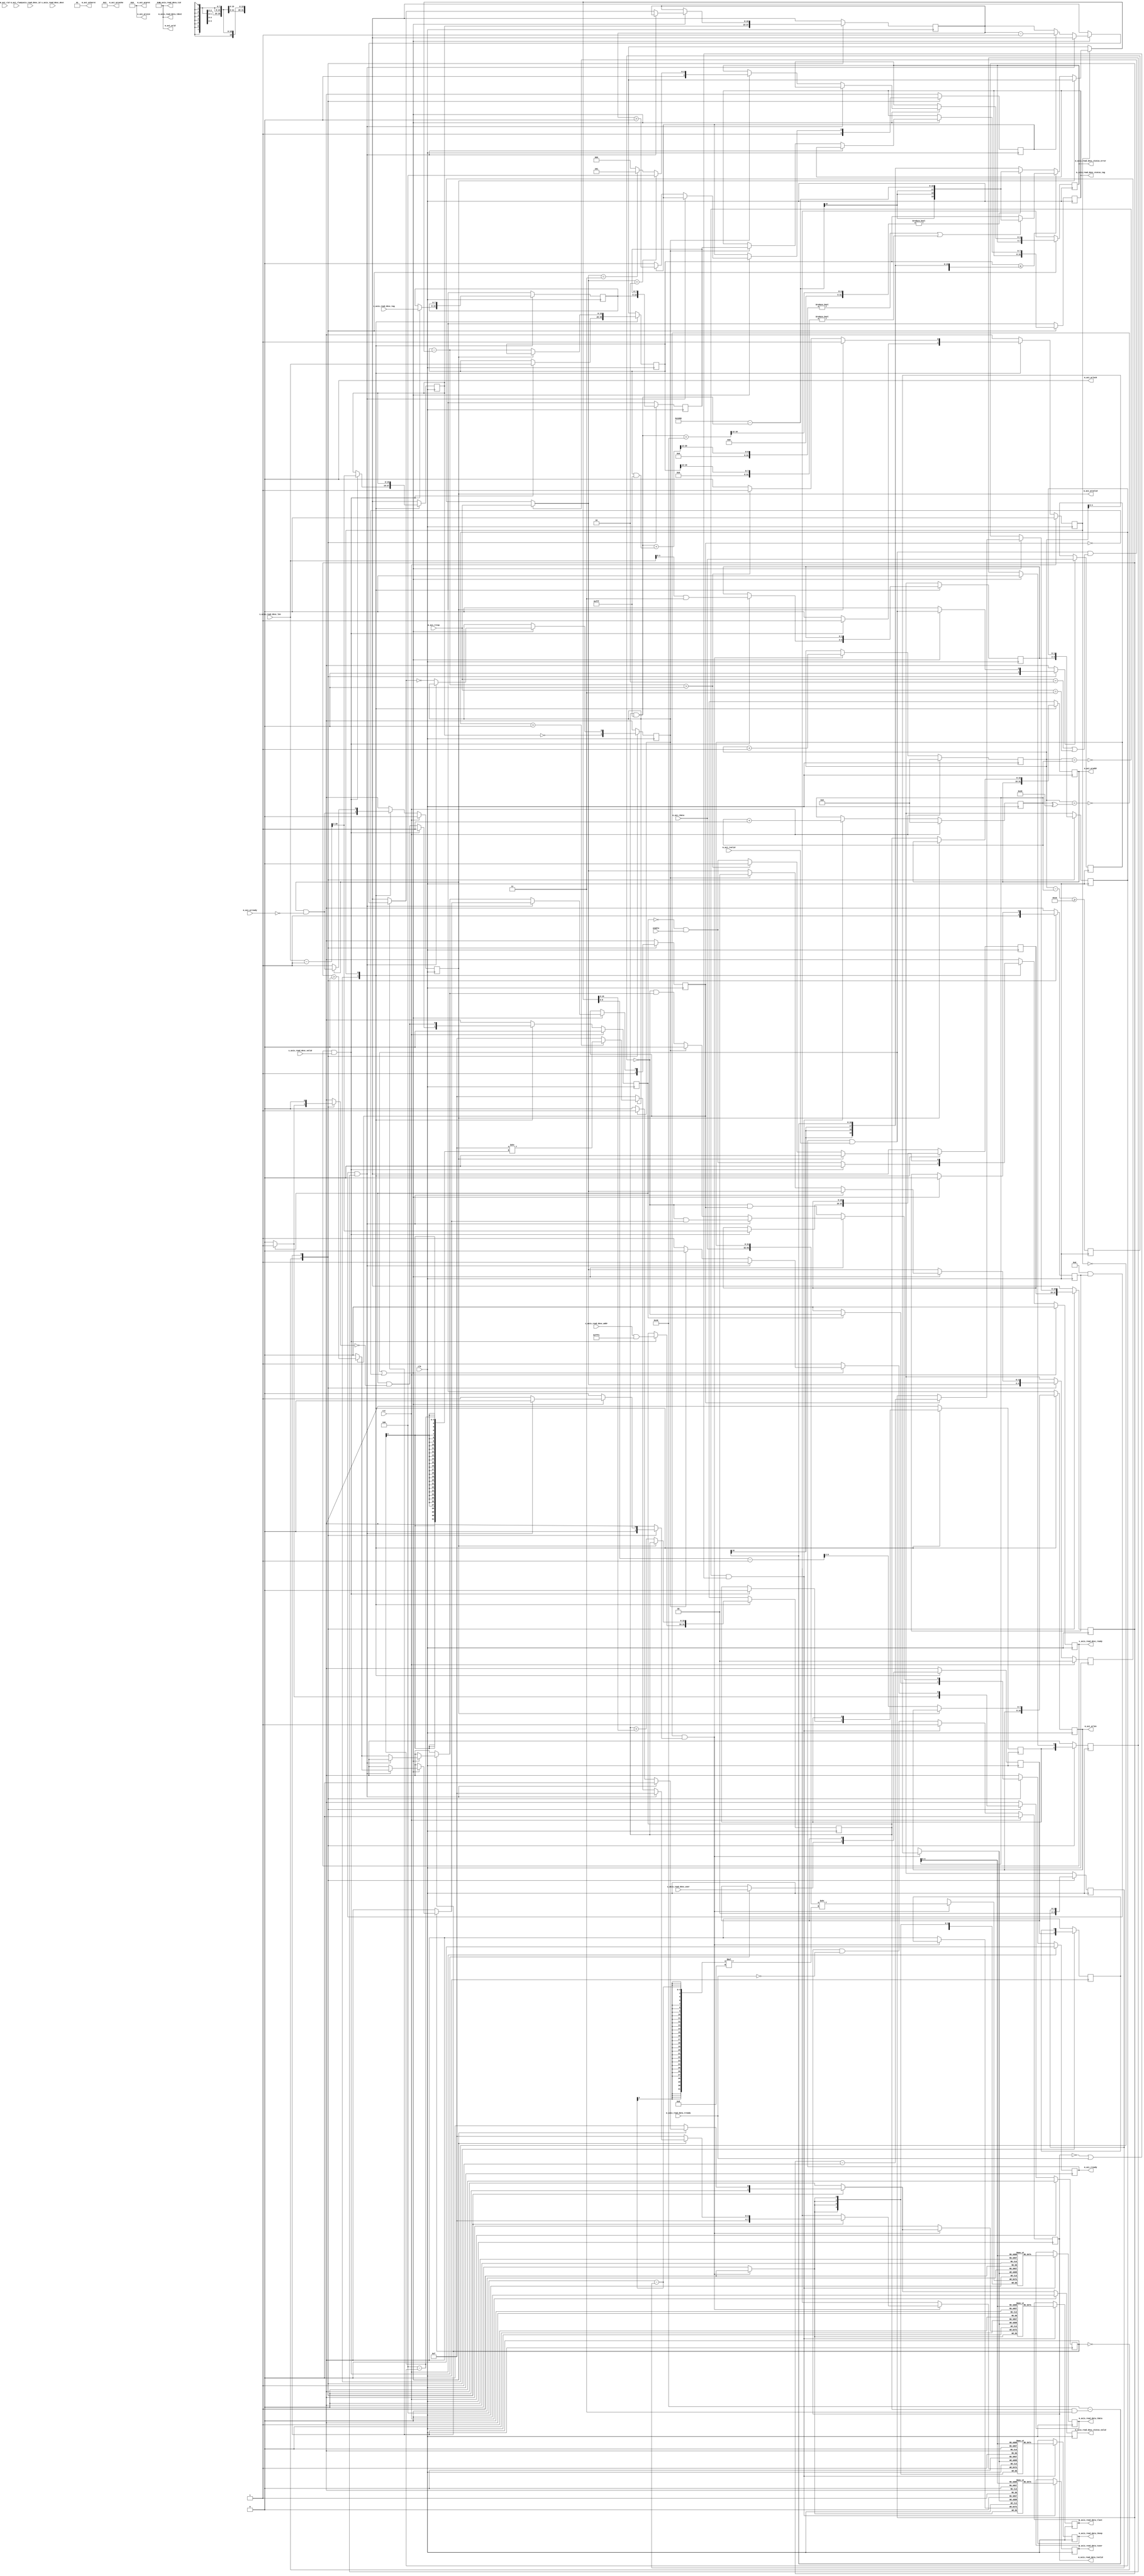
/*

Copyright (c) 2018 Alex Forencich

Permission is hereby granted, free of charge, to any person obtaining a copy
of this software and associated documentation files (the "Software"), to deal
in the Software without restriction, including without limitation the rights
to use, copy, modify, merge, publish, distribute, sublicense, and/or sell
copies of the Software, and to permit persons to whom the Software is
furnished to do so, subject to the following conditions:

The above copyright notice and this permission notice shall be included in
all copies or substantial portions of the Software.

THE SOFTWARE IS PROVIDED "AS IS", WITHOUT WARRANTY OF ANY KIND, EXPRESS OR
IMPLIED, INCLUDING BUT NOT LIMITED TO THE WARRANTIES OF MERCHANTABILITY
FITNESS FOR A PARTICULAR PURPOSE AND NONINFRINGEMENT. IN NO EVENT SHALL THE
AUTHORS OR COPYRIGHT HOLDERS BE LIABLE FOR ANY CLAIM, DAMAGES OR OTHER
LIABILITY, WHETHER IN AN ACTION OF CONTRACT, TORT OR OTHERWISE, ARISING FROM,
OUT OF OR IN CONNECTION WITH THE SOFTWARE OR THE USE OR OTHER DEALINGS IN
THE SOFTWARE.

*/

// Language: Verilog 2001

`timescale 1ns / 1ps
`default_nettype none

/*
 * AXI4 DMA
 */
module axi_dma_rd #
(
    // Width of AXI data bus in bits
    parameter AXI_DATA_WIDTH = 32,
    // Width of AXI address bus in bits
    parameter AXI_ADDR_WIDTH = 16,
    // Width of AXI wstrb (width of data bus in words)
    parameter AXI_STRB_WIDTH = (AXI_DATA_WIDTH/8),
    // Width of AXI ID signal
    parameter AXI_ID_WIDTH = 8,
    // Maximum AXI burst length to generate
    parameter AXI_MAX_BURST_LEN = 16,
    // Width of AXI stream interfaces in bits
    parameter AXIS_DATA_WIDTH = AXI_DATA_WIDTH,
    // Use AXI stream tkeep signal
    parameter AXIS_KEEP_ENABLE = (AXIS_DATA_WIDTH>8),
    // AXI stream tkeep signal width (words per cycle)
    parameter AXIS_KEEP_WIDTH = (AXIS_DATA_WIDTH/8),
    // Use AXI stream tlast signal
    parameter AXIS_LAST_ENABLE = 1,
    // Propagate AXI stream tid signal
    parameter AXIS_ID_ENABLE = 0,
    // AXI stream tid signal width
    parameter AXIS_ID_WIDTH = 8,
    // Propagate AXI stream tdest signal
    parameter AXIS_DEST_ENABLE = 0,
    // AXI stream tdest signal width
    parameter AXIS_DEST_WIDTH = 8,
    // Propagate AXI stream tuser signal
    parameter AXIS_USER_ENABLE = 1,
    // AXI stream tuser signal width
    parameter AXIS_USER_WIDTH = 1,
    // Width of length field
    parameter LEN_WIDTH = 20,
    // Width of tag field
    parameter TAG_WIDTH = 8,
    // Enable support for scatter/gather DMA
    // (multiple descriptors per AXI stream frame)
    parameter ENABLE_SG = 0,
    // Enable support for unaligned transfers
    parameter ENABLE_UNALIGNED = 0
)
(
    input  wire                       clk,
    input  wire                       rst,

    /*
     * AXI read descriptor input
     */
    input  wire [AXI_ADDR_WIDTH-1:0]  s_axis_read_desc_addr,
    input  wire [LEN_WIDTH-1:0]       s_axis_read_desc_len,
    input  wire [TAG_WIDTH-1:0]       s_axis_read_desc_tag,
    input  wire [AXIS_ID_WIDTH-1:0]   s_axis_read_desc_id,
    input  wire [AXIS_DEST_WIDTH-1:0] s_axis_read_desc_dest,
    input  wire [AXIS_USER_WIDTH-1:0] s_axis_read_desc_user,
    input  wire                       s_axis_read_desc_valid,
    output wire                       s_axis_read_desc_ready,

    /*
     * AXI read descriptor status output
     */
    output wire [TAG_WIDTH-1:0]       m_axis_read_desc_status_tag,
    output wire [3:0]                 m_axis_read_desc_status_error,
    output wire                       m_axis_read_desc_status_valid,

    /*
     * AXI stream read data output
     */
    output wire [AXIS_DATA_WIDTH-1:0] m_axis_read_data_tdata,
    output wire [AXIS_KEEP_WIDTH-1:0] m_axis_read_data_tkeep,
    output wire                       m_axis_read_data_tvalid,
    input  wire                       m_axis_read_data_tready,
    output wire                       m_axis_read_data_tlast,
    output wire [AXIS_ID_WIDTH-1:0]   m_axis_read_data_tid,
    output wire [AXIS_DEST_WIDTH-1:0] m_axis_read_data_tdest,
    output wire [AXIS_USER_WIDTH-1:0] m_axis_read_data_tuser,

    /*
     * AXI master interface
     */
    output wire [AXI_ID_WIDTH-1:0]    m_axi_arid,
    output wire [AXI_ADDR_WIDTH-1:0]  m_axi_araddr,
    output wire [7:0]                 m_axi_arlen,
    output wire [2:0]                 m_axi_arsize,
    output wire [1:0]                 m_axi_arburst,
    output wire                       m_axi_arlock,
    output wire [3:0]                 m_axi_arcache,
    output wire [2:0]                 m_axi_arprot,
    output wire                       m_axi_arvalid,
    input  wire                       m_axi_arready,
    input  wire [AXI_ID_WIDTH-1:0]    m_axi_rid,
    input  wire [AXI_DATA_WIDTH-1:0]  m_axi_rdata,
    input  wire [1:0]                 m_axi_rresp,
    input  wire                       m_axi_rlast,
    input  wire                       m_axi_rvalid,
    output wire                       m_axi_rready,

    /*
     * Configuration
     */
    input  wire                       enable
);

parameter AXI_WORD_WIDTH = AXI_STRB_WIDTH;
parameter AXI_WORD_SIZE = AXI_DATA_WIDTH/AXI_WORD_WIDTH;
parameter AXI_BURST_SIZE = $clog2(AXI_STRB_WIDTH);
parameter AXI_MAX_BURST_SIZE = AXI_MAX_BURST_LEN << AXI_BURST_SIZE;

parameter AXIS_KEEP_WIDTH_INT = AXIS_KEEP_ENABLE ? AXIS_KEEP_WIDTH : 1;
parameter AXIS_WORD_WIDTH = AXIS_KEEP_WIDTH_INT;
parameter AXIS_WORD_SIZE = AXIS_DATA_WIDTH/AXIS_WORD_WIDTH;

parameter OFFSET_WIDTH = AXI_STRB_WIDTH > 1 ? $clog2(AXI_STRB_WIDTH) : 1;
parameter OFFSET_MASK = AXI_STRB_WIDTH > 1 ? {OFFSET_WIDTH{1'b1}} : 0;
parameter ADDR_MASK = {AXI_ADDR_WIDTH{1'b1}} << $clog2(AXI_STRB_WIDTH);
parameter CYCLE_COUNT_WIDTH = LEN_WIDTH - AXI_BURST_SIZE + 1;

parameter OUTPUT_FIFO_ADDR_WIDTH = 5;

// bus width assertions
initial begin
    if (AXI_WORD_SIZE * AXI_STRB_WIDTH != AXI_DATA_WIDTH) begin
        $error("Error: AXI data width not evenly divisble (instance %m)");
        $finish;
    end

    if (AXIS_WORD_SIZE * AXIS_KEEP_WIDTH_INT != AXIS_DATA_WIDTH) begin
        $error("Error: AXI stream data width not evenly divisble (instance %m)");
        $finish;
    end

    if (AXI_WORD_SIZE != AXIS_WORD_SIZE) begin
        $error("Error: word size mismatch (instance %m)");
        $finish;
    end

    if (2**$clog2(AXI_WORD_WIDTH) != AXI_WORD_WIDTH) begin
        $error("Error: AXI word width must be even power of two (instance %m)");
        $finish;
    end

    if (AXI_DATA_WIDTH != AXIS_DATA_WIDTH) begin
        $error("Error: AXI interface width must match AXI stream interface width (instance %m)");
        $finish;
    end

    if (AXI_MAX_BURST_LEN < 1 || AXI_MAX_BURST_LEN > 256) begin
        $error("Error: AXI_MAX_BURST_LEN must be between 1 and 256 (instance %m)");
        $finish;
    end

    if (ENABLE_SG) begin
        $error("Error: scatter/gather is not yet implemented (instance %m)");
        $finish;
    end
end

localparam [1:0]
    AXI_RESP_OKAY = 2'b00,
    AXI_RESP_EXOKAY = 2'b01,
    AXI_RESP_SLVERR = 2'b10,
    AXI_RESP_DECERR = 2'b11;

localparam [3:0]
    DMA_ERROR_NONE = 4'd0,
    DMA_ERROR_TIMEOUT = 4'd1,
    DMA_ERROR_PARITY = 4'd2,
    DMA_ERROR_AXI_RD_SLVERR = 4'd4,
    DMA_ERROR_AXI_RD_DECERR = 4'd5,
    DMA_ERROR_AXI_WR_SLVERR = 4'd6,
    DMA_ERROR_AXI_WR_DECERR = 4'd7,
    DMA_ERROR_PCIE_FLR = 4'd8,
    DMA_ERROR_PCIE_CPL_POISONED = 4'd9,
    DMA_ERROR_PCIE_CPL_STATUS_UR = 4'd10,
    DMA_ERROR_PCIE_CPL_STATUS_CA = 4'd11;

localparam [0:0]
    AXI_STATE_IDLE = 1'd0,
    AXI_STATE_START = 1'd1;

reg [0:0] axi_state_reg = AXI_STATE_IDLE, axi_state_next;

localparam [0:0]
    AXIS_STATE_IDLE = 1'd0,
    AXIS_STATE_READ = 1'd1;

reg [0:0] axis_state_reg = AXIS_STATE_IDLE, axis_state_next;

// datapath control signals
reg transfer_in_save;
reg axis_cmd_ready;

reg [AXI_ADDR_WIDTH-1:0] addr_reg = {AXI_ADDR_WIDTH{1'b0}}, addr_next;
reg [LEN_WIDTH-1:0] op_word_count_reg = {LEN_WIDTH{1'b0}}, op_word_count_next;
reg [LEN_WIDTH-1:0] tr_word_count_reg = {LEN_WIDTH{1'b0}}, tr_word_count_next;

reg [OFFSET_WIDTH-1:0] axis_cmd_offset_reg = {OFFSET_WIDTH{1'b0}}, axis_cmd_offset_next;
reg [OFFSET_WIDTH-1:0] axis_cmd_last_cycle_offset_reg = {OFFSET_WIDTH{1'b0}}, axis_cmd_last_cycle_offset_next;
reg [CYCLE_COUNT_WIDTH-1:0] axis_cmd_input_cycle_count_reg = {CYCLE_COUNT_WIDTH{1'b0}}, axis_cmd_input_cycle_count_next;
reg [CYCLE_COUNT_WIDTH-1:0] axis_cmd_output_cycle_count_reg = {CYCLE_COUNT_WIDTH{1'b0}}, axis_cmd_output_cycle_count_next;
reg axis_cmd_bubble_cycle_reg = 1'b0, axis_cmd_bubble_cycle_next;
reg [TAG_WIDTH-1:0] axis_cmd_tag_reg = {TAG_WIDTH{1'b0}}, axis_cmd_tag_next;
reg [AXIS_ID_WIDTH-1:0] axis_cmd_axis_id_reg = {AXIS_ID_WIDTH{1'b0}}, axis_cmd_axis_id_next;
reg [AXIS_DEST_WIDTH-1:0] axis_cmd_axis_dest_reg = {AXIS_DEST_WIDTH{1'b0}}, axis_cmd_axis_dest_next;
reg [AXIS_USER_WIDTH-1:0] axis_cmd_axis_user_reg = {AXIS_USER_WIDTH{1'b0}}, axis_cmd_axis_user_next;
reg axis_cmd_valid_reg = 1'b0, axis_cmd_valid_next;

reg [OFFSET_WIDTH-1:0] offset_reg = {OFFSET_WIDTH{1'b0}}, offset_next;
reg [OFFSET_WIDTH-1:0] last_cycle_offset_reg = {OFFSET_WIDTH{1'b0}}, last_cycle_offset_next;
reg [CYCLE_COUNT_WIDTH-1:0] input_cycle_count_reg = {CYCLE_COUNT_WIDTH{1'b0}}, input_cycle_count_next;
reg [CYCLE_COUNT_WIDTH-1:0] output_cycle_count_reg = {CYCLE_COUNT_WIDTH{1'b0}}, output_cycle_count_next;
reg input_active_reg = 1'b0, input_active_next;
reg output_active_reg = 1'b0, output_active_next;
reg bubble_cycle_reg = 1'b0, bubble_cycle_next;
reg first_cycle_reg = 1'b0, first_cycle_next;
reg output_last_cycle_reg = 1'b0, output_last_cycle_next;
reg [1:0] rresp_reg = AXI_RESP_OKAY, rresp_next;

reg [TAG_WIDTH-1:0] tag_reg = {TAG_WIDTH{1'b0}}, tag_next;
reg [AXIS_ID_WIDTH-1:0] axis_id_reg = {AXIS_ID_WIDTH{1'b0}}, axis_id_next;
reg [AXIS_DEST_WIDTH-1:0] axis_dest_reg = {AXIS_DEST_WIDTH{1'b0}}, axis_dest_next;
reg [AXIS_USER_WIDTH-1:0] axis_user_reg = {AXIS_USER_WIDTH{1'b0}}, axis_user_next;

reg s_axis_read_desc_ready_reg = 1'b0, s_axis_read_desc_ready_next;

reg [TAG_WIDTH-1:0] m_axis_read_desc_status_tag_reg = {TAG_WIDTH{1'b0}}, m_axis_read_desc_status_tag_next;
reg [3:0] m_axis_read_desc_status_error_reg = 4'd0, m_axis_read_desc_status_error_next;
reg m_axis_read_desc_status_valid_reg = 1'b0, m_axis_read_desc_status_valid_next;

reg [AXI_ADDR_WIDTH-1:0] m_axi_araddr_reg = {AXI_ADDR_WIDTH{1'b0}}, m_axi_araddr_next;
reg [7:0] m_axi_arlen_reg = 8'd0, m_axi_arlen_next;
reg m_axi_arvalid_reg = 1'b0, m_axi_arvalid_next;
reg m_axi_rready_reg = 1'b0, m_axi_rready_next;

reg [AXI_DATA_WIDTH-1:0] save_axi_rdata_reg = {AXI_DATA_WIDTH{1'b0}};

wire [AXI_DATA_WIDTH-1:0] shift_axi_rdata = {m_axi_rdata, save_axi_rdata_reg} >> ((AXI_STRB_WIDTH-offset_reg)*AXI_WORD_SIZE);

// internal datapath
reg  [AXIS_DATA_WIDTH-1:0] m_axis_read_data_tdata_int;
reg  [AXIS_KEEP_WIDTH-1:0] m_axis_read_data_tkeep_int;
reg                        m_axis_read_data_tvalid_int;
wire                       m_axis_read_data_tready_int;
reg                        m_axis_read_data_tlast_int;
reg  [AXIS_ID_WIDTH-1:0]   m_axis_read_data_tid_int;
reg  [AXIS_DEST_WIDTH-1:0] m_axis_read_data_tdest_int;
reg  [AXIS_USER_WIDTH-1:0] m_axis_read_data_tuser_int;

assign s_axis_read_desc_ready = s_axis_read_desc_ready_reg;

assign m_axis_read_desc_status_tag = m_axis_read_desc_status_tag_reg;
assign m_axis_read_desc_status_error = m_axis_read_desc_status_error_reg;
assign m_axis_read_desc_status_valid = m_axis_read_desc_status_valid_reg;

assign m_axi_arid = {AXI_ID_WIDTH{1'b0}};
assign m_axi_araddr = m_axi_araddr_reg;
assign m_axi_arlen = m_axi_arlen_reg;
assign m_axi_arsize = AXI_BURST_SIZE;
assign m_axi_arburst = 2'b01;
assign m_axi_arlock = 1'b0;
assign m_axi_arcache = 4'b0011;
assign m_axi_arprot = 3'b010;
assign m_axi_arvalid = m_axi_arvalid_reg;
assign m_axi_rready = m_axi_rready_reg;

always @* begin
    axi_state_next = AXI_STATE_IDLE;

    s_axis_read_desc_ready_next = 1'b0;

    m_axi_araddr_next = m_axi_araddr_reg;
    m_axi_arlen_next = m_axi_arlen_reg;
    m_axi_arvalid_next = m_axi_arvalid_reg && !m_axi_arready;

    addr_next = addr_reg;
    op_word_count_next = op_word_count_reg;
    tr_word_count_next = tr_word_count_reg;

    axis_cmd_offset_next = axis_cmd_offset_reg;
    axis_cmd_last_cycle_offset_next = axis_cmd_last_cycle_offset_reg;
    axis_cmd_input_cycle_count_next = axis_cmd_input_cycle_count_reg;
    axis_cmd_output_cycle_count_next = axis_cmd_output_cycle_count_reg;
    axis_cmd_bubble_cycle_next = axis_cmd_bubble_cycle_reg;
    axis_cmd_tag_next = axis_cmd_tag_reg;
    axis_cmd_axis_id_next = axis_cmd_axis_id_reg;
    axis_cmd_axis_dest_next = axis_cmd_axis_dest_reg;
    axis_cmd_axis_user_next = axis_cmd_axis_user_reg;
    axis_cmd_valid_next = axis_cmd_valid_reg && !axis_cmd_ready;

    case (axi_state_reg)
        AXI_STATE_IDLE: begin
            // idle state - load new descriptor to start operation
            s_axis_read_desc_ready_next = !axis_cmd_valid_reg && enable;

            if (s_axis_read_desc_ready && s_axis_read_desc_valid) begin
                if (ENABLE_UNALIGNED) begin
                    addr_next = s_axis_read_desc_addr;
                    axis_cmd_offset_next = AXI_STRB_WIDTH > 1 ? AXI_STRB_WIDTH - (s_axis_read_desc_addr & OFFSET_MASK) : 0;
                    axis_cmd_bubble_cycle_next = axis_cmd_offset_next > 0;
                    axis_cmd_last_cycle_offset_next = s_axis_read_desc_len & OFFSET_MASK;
                end else begin
                    addr_next = s_axis_read_desc_addr & ADDR_MASK;
                    axis_cmd_offset_next = 0;
                    axis_cmd_bubble_cycle_next = 1'b0;
                    axis_cmd_last_cycle_offset_next = s_axis_read_desc_len & OFFSET_MASK;
                end
                axis_cmd_tag_next = s_axis_read_desc_tag;
                op_word_count_next = s_axis_read_desc_len;

                axis_cmd_axis_id_next = s_axis_read_desc_id;
                axis_cmd_axis_dest_next = s_axis_read_desc_dest;
                axis_cmd_axis_user_next = s_axis_read_desc_user;

                if (ENABLE_UNALIGNED) begin
                    axis_cmd_input_cycle_count_next = (op_word_count_next + (s_axis_read_desc_addr & OFFSET_MASK) - 1) >> AXI_BURST_SIZE;
                end else begin
                    axis_cmd_input_cycle_count_next = (op_word_count_next - 1) >> AXI_BURST_SIZE;
                end
                axis_cmd_output_cycle_count_next = (op_word_count_next - 1) >> AXI_BURST_SIZE;

                axis_cmd_valid_next = 1'b1;

                s_axis_read_desc_ready_next = 1'b0;
                axi_state_next = AXI_STATE_START;
            end else begin
                axi_state_next = AXI_STATE_IDLE;
            end
        end
        AXI_STATE_START: begin
            // start state - initiate new AXI transfer
            if (!m_axi_arvalid) begin
                if (op_word_count_reg <= AXI_MAX_BURST_SIZE - (addr_reg & OFFSET_MASK) || AXI_MAX_BURST_SIZE >= 4096) begin
                    // packet smaller than max burst size
                    if (((addr_reg & 12'hfff) + (op_word_count_reg & 12'hfff)) >> 12 != 0 || op_word_count_reg >> 12 != 0) begin
                        // crosses 4k boundary
                        tr_word_count_next = 13'h1000 - (addr_reg & 12'hfff);
                    end else begin
                        // does not cross 4k boundary
                        tr_word_count_next = op_word_count_reg;
                    end
                end else begin
                    // packet larger than max burst size
                    if (((addr_reg & 12'hfff) + AXI_MAX_BURST_SIZE) >> 12 != 0) begin
                        // crosses 4k boundary
                        tr_word_count_next = 13'h1000 - (addr_reg & 12'hfff);
                    end else begin
                        // does not cross 4k boundary
                        tr_word_count_next = AXI_MAX_BURST_SIZE - (addr_reg & OFFSET_MASK);
                    end
                end

                m_axi_araddr_next = addr_reg;
                if (ENABLE_UNALIGNED) begin
                    m_axi_arlen_next = (tr_word_count_next + (addr_reg & OFFSET_MASK) - 1) >> AXI_BURST_SIZE;
                end else begin
                    m_axi_arlen_next = (tr_word_count_next - 1) >> AXI_BURST_SIZE;
                end
                m_axi_arvalid_next = 1'b1;

                addr_next = addr_reg + tr_word_count_next;
                op_word_count_next = op_word_count_reg - tr_word_count_next;

                if (op_word_count_next > 0) begin
                    axi_state_next = AXI_STATE_START;
                end else begin
                    s_axis_read_desc_ready_next = !axis_cmd_valid_reg && enable;
                    axi_state_next = AXI_STATE_IDLE;
                end
            end else begin
                axi_state_next = AXI_STATE_START;
            end
        end
    endcase
end

always @* begin
    axis_state_next = AXIS_STATE_IDLE;

    m_axis_read_desc_status_tag_next = m_axis_read_desc_status_tag_reg;
    m_axis_read_desc_status_error_next = m_axis_read_desc_status_error_reg;
    m_axis_read_desc_status_valid_next = 1'b0;

    m_axis_read_data_tdata_int = shift_axi_rdata;
    m_axis_read_data_tkeep_int = {AXIS_KEEP_WIDTH{1'b1}};
    m_axis_read_data_tlast_int = 1'b0;
    m_axis_read_data_tvalid_int = 1'b0;
    m_axis_read_data_tid_int = axis_id_reg;
    m_axis_read_data_tdest_int = axis_dest_reg;
    m_axis_read_data_tuser_int = axis_user_reg;

    m_axi_rready_next = 1'b0;

    transfer_in_save = 1'b0;
    axis_cmd_ready = 1'b0;

    offset_next = offset_reg;
    last_cycle_offset_next = last_cycle_offset_reg;
    input_cycle_count_next = input_cycle_count_reg;
    output_cycle_count_next = output_cycle_count_reg;
    input_active_next = input_active_reg;
    output_active_next = output_active_reg;
    bubble_cycle_next = bubble_cycle_reg;
    first_cycle_next = first_cycle_reg;
    output_last_cycle_next = output_last_cycle_reg;

    tag_next = tag_reg;
    axis_id_next = axis_id_reg;
    axis_dest_next = axis_dest_reg;
    axis_user_next = axis_user_reg;

    if (m_axi_rready && m_axi_rvalid && (m_axi_rresp == AXI_RESP_SLVERR || m_axi_rresp == AXI_RESP_DECERR)) begin
        rresp_next = m_axi_rresp;
    end else begin
        rresp_next = rresp_reg;
    end

    case (axis_state_reg)
        AXIS_STATE_IDLE: begin
            // idle state - load new descriptor to start operation
            m_axi_rready_next = 1'b0;

            // store transfer parameters
            if (ENABLE_UNALIGNED) begin
                offset_next = axis_cmd_offset_reg;
            end else begin
                offset_next = 0;
            end
            last_cycle_offset_next = axis_cmd_last_cycle_offset_reg;
            input_cycle_count_next = axis_cmd_input_cycle_count_reg;
            output_cycle_count_next = axis_cmd_output_cycle_count_reg;
            bubble_cycle_next = axis_cmd_bubble_cycle_reg;
            tag_next = axis_cmd_tag_reg;
            axis_id_next = axis_cmd_axis_id_reg;
            axis_dest_next = axis_cmd_axis_dest_reg;
            axis_user_next = axis_cmd_axis_user_reg;

            output_last_cycle_next = output_cycle_count_next == 0;
            input_active_next = 1'b1;
            output_active_next = 1'b1;
            first_cycle_next = 1'b1;

            if (axis_cmd_valid_reg) begin
                axis_cmd_ready = 1'b1;
                m_axi_rready_next = m_axis_read_data_tready_int;
                axis_state_next = AXIS_STATE_READ;
            end
        end
        AXIS_STATE_READ: begin
            // handle AXI read data
            m_axi_rready_next = m_axis_read_data_tready_int && input_active_reg;

            if ((m_axi_rready && m_axi_rvalid) || !input_active_reg) begin
                // transfer in AXI read data
                transfer_in_save = m_axi_rready && m_axi_rvalid;

                if (ENABLE_UNALIGNED && first_cycle_reg && bubble_cycle_reg) begin
                    if (input_active_reg) begin
                        input_cycle_count_next = input_cycle_count_reg - 1;
                        input_active_next = input_cycle_count_reg > 0;
                    end
                    bubble_cycle_next = 1'b0;
                    first_cycle_next = 1'b0;

                    m_axi_rready_next = m_axis_read_data_tready_int && input_active_next;
                    axis_state_next = AXIS_STATE_READ;
                end else begin
                    // update counters
                    if (input_active_reg) begin
                        input_cycle_count_next = input_cycle_count_reg - 1;
                        input_active_next = input_cycle_count_reg > 0;
                    end
                    if (output_active_reg) begin
                        output_cycle_count_next = output_cycle_count_reg - 1;
                        output_active_next = output_cycle_count_reg > 0;
                    end
                    output_last_cycle_next = output_cycle_count_next == 0;
                    bubble_cycle_next = 1'b0;
                    first_cycle_next = 1'b0;

                    // pass through read data
                    m_axis_read_data_tdata_int = shift_axi_rdata;
                    m_axis_read_data_tkeep_int = {AXIS_KEEP_WIDTH_INT{1'b1}};
                    m_axis_read_data_tvalid_int = 1'b1;

                    if (output_last_cycle_reg) begin
                        // no more data to transfer, finish operation
                        if (last_cycle_offset_reg > 0) begin
                            m_axis_read_data_tkeep_int = {AXIS_KEEP_WIDTH_INT{1'b1}} >> (AXIS_KEEP_WIDTH_INT - last_cycle_offset_reg);
                        end
                        m_axis_read_data_tlast_int = 1'b1;

                        m_axis_read_desc_status_tag_next = tag_reg;
                        if (rresp_next == AXI_RESP_SLVERR) begin
                            m_axis_read_desc_status_error_next = DMA_ERROR_AXI_RD_SLVERR;
                        end else if (rresp_next == AXI_RESP_DECERR) begin
                            m_axis_read_desc_status_error_next = DMA_ERROR_AXI_RD_DECERR;
                        end else begin
                            m_axis_read_desc_status_error_next = DMA_ERROR_NONE;
                        end
                        m_axis_read_desc_status_valid_next = 1'b1;

                        rresp_next = AXI_RESP_OKAY;

                        m_axi_rready_next = 1'b0;
                        axis_state_next = AXIS_STATE_IDLE;
                    end else begin
                        // more cycles in AXI transfer
                        m_axi_rready_next = m_axis_read_data_tready_int && input_active_next;
                        axis_state_next = AXIS_STATE_READ;
                    end
                end
            end else begin
                axis_state_next = AXIS_STATE_READ;
            end
        end
    endcase
end

always @(posedge clk) begin
    axi_state_reg <= axi_state_next;
    axis_state_reg <= axis_state_next;

    s_axis_read_desc_ready_reg <= s_axis_read_desc_ready_next;

    m_axis_read_desc_status_tag_reg <= m_axis_read_desc_status_tag_next;
    m_axis_read_desc_status_error_reg <= m_axis_read_desc_status_error_next;
    m_axis_read_desc_status_valid_reg <= m_axis_read_desc_status_valid_next;

    m_axi_araddr_reg <= m_axi_araddr_next;
    m_axi_arlen_reg <= m_axi_arlen_next;
    m_axi_arvalid_reg <= m_axi_arvalid_next;
    m_axi_rready_reg <= m_axi_rready_next;

    addr_reg <= addr_next;
    op_word_count_reg <= op_word_count_next;
    tr_word_count_reg <= tr_word_count_next;

    axis_cmd_offset_reg <= axis_cmd_offset_next;
    axis_cmd_last_cycle_offset_reg <= axis_cmd_last_cycle_offset_next;
    axis_cmd_input_cycle_count_reg <= axis_cmd_input_cycle_count_next;
    axis_cmd_output_cycle_count_reg <= axis_cmd_output_cycle_count_next;
    axis_cmd_bubble_cycle_reg <= axis_cmd_bubble_cycle_next;
    axis_cmd_tag_reg <= axis_cmd_tag_next;
    axis_cmd_axis_id_reg <= axis_cmd_axis_id_next;
    axis_cmd_axis_dest_reg <= axis_cmd_axis_dest_next;
    axis_cmd_axis_user_reg <= axis_cmd_axis_user_next;
    axis_cmd_valid_reg <= axis_cmd_valid_next;

    offset_reg <= offset_next;
    last_cycle_offset_reg <= last_cycle_offset_next;
    input_cycle_count_reg <= input_cycle_count_next;
    output_cycle_count_reg <= output_cycle_count_next;
    input_active_reg <= input_active_next;
    output_active_reg <= output_active_next;
    bubble_cycle_reg <= bubble_cycle_next;
    first_cycle_reg <= first_cycle_next;
    output_last_cycle_reg <= output_last_cycle_next;
    rresp_reg <= rresp_next;

    tag_reg <= tag_next;
    axis_id_reg <= axis_id_next;
    axis_dest_reg <= axis_dest_next;
    axis_user_reg <= axis_user_next;

    if (transfer_in_save) begin
        save_axi_rdata_reg <= m_axi_rdata;
    end

    if (rst) begin
        axi_state_reg <= AXI_STATE_IDLE;
        axis_state_reg <= AXIS_STATE_IDLE;

        axis_cmd_valid_reg <= 1'b0;

        s_axis_read_desc_ready_reg <= 1'b0;

        m_axis_read_desc_status_valid_reg <= 1'b0;
        m_axi_arvalid_reg <= 1'b0;
        m_axi_rready_reg <= 1'b0;

        rresp_reg <= AXI_RESP_OKAY;
    end
end

// output datapath logic
reg [AXIS_DATA_WIDTH-1:0] m_axis_read_data_tdata_reg  = {AXIS_DATA_WIDTH{1'b0}};
reg [AXIS_KEEP_WIDTH-1:0] m_axis_read_data_tkeep_reg  = {AXIS_KEEP_WIDTH{1'b0}};
reg                       m_axis_read_data_tvalid_reg = 1'b0;
reg                       m_axis_read_data_tlast_reg  = 1'b0;
reg [AXIS_ID_WIDTH-1:0]   m_axis_read_data_tid_reg    = {AXIS_ID_WIDTH{1'b0}};
reg [AXIS_DEST_WIDTH-1:0] m_axis_read_data_tdest_reg  = {AXIS_DEST_WIDTH{1'b0}};
reg [AXIS_USER_WIDTH-1:0] m_axis_read_data_tuser_reg  = {AXIS_USER_WIDTH{1'b0}};

reg [OUTPUT_FIFO_ADDR_WIDTH+1-1:0] out_fifo_wr_ptr_reg = 0;
reg [OUTPUT_FIFO_ADDR_WIDTH+1-1:0] out_fifo_rd_ptr_reg = 0;
reg out_fifo_half_full_reg = 1'b0;

wire out_fifo_full = out_fifo_wr_ptr_reg == (out_fifo_rd_ptr_reg ^ {1'b1, {OUTPUT_FIFO_ADDR_WIDTH{1'b0}}});
wire out_fifo_empty = out_fifo_wr_ptr_reg == out_fifo_rd_ptr_reg;

(* ram_style = "distributed", ramstyle = "no_rw_check, mlab" *)
reg [AXIS_DATA_WIDTH-1:0] out_fifo_tdata[2**OUTPUT_FIFO_ADDR_WIDTH-1:0];
(* ram_style = "distributed", ramstyle = "no_rw_check, mlab" *)
reg [AXIS_KEEP_WIDTH-1:0] out_fifo_tkeep[2**OUTPUT_FIFO_ADDR_WIDTH-1:0];
(* ram_style = "distributed", ramstyle = "no_rw_check, mlab" *)
reg                       out_fifo_tlast[2**OUTPUT_FIFO_ADDR_WIDTH-1:0];
(* ram_style = "distributed", ramstyle = "no_rw_check, mlab" *)
reg [AXIS_ID_WIDTH-1:0]   out_fifo_tid[2**OUTPUT_FIFO_ADDR_WIDTH-1:0];
(* ram_style = "distributed", ramstyle = "no_rw_check, mlab" *)
reg [AXIS_DEST_WIDTH-1:0] out_fifo_tdest[2**OUTPUT_FIFO_ADDR_WIDTH-1:0];
(* ram_style = "distributed", ramstyle = "no_rw_check, mlab" *)
reg [AXIS_USER_WIDTH-1:0] out_fifo_tuser[2**OUTPUT_FIFO_ADDR_WIDTH-1:0];

assign m_axis_read_data_tready_int = !out_fifo_half_full_reg;

assign m_axis_read_data_tdata  = m_axis_read_data_tdata_reg;
assign m_axis_read_data_tkeep  = AXIS_KEEP_ENABLE ? m_axis_read_data_tkeep_reg : {AXIS_KEEP_WIDTH{1'b1}};
assign m_axis_read_data_tvalid = m_axis_read_data_tvalid_reg;
assign m_axis_read_data_tlast  = AXIS_LAST_ENABLE ? m_axis_read_data_tlast_reg : 1'b1;
assign m_axis_read_data_tid    = AXIS_ID_ENABLE   ? m_axis_read_data_tid_reg   : {AXIS_ID_WIDTH{1'b0}};
assign m_axis_read_data_tdest  = AXIS_DEST_ENABLE ? m_axis_read_data_tdest_reg : {AXIS_DEST_WIDTH{1'b0}};
assign m_axis_read_data_tuser  = AXIS_USER_ENABLE ? m_axis_read_data_tuser_reg : {AXIS_USER_WIDTH{1'b0}};

always @(posedge clk) begin
    m_axis_read_data_tvalid_reg <= m_axis_read_data_tvalid_reg && !m_axis_read_data_tready;

    out_fifo_half_full_reg <= $unsigned(out_fifo_wr_ptr_reg - out_fifo_rd_ptr_reg) >= 2**(OUTPUT_FIFO_ADDR_WIDTH-1);

    if (!out_fifo_full && m_axis_read_data_tvalid_int) begin
        out_fifo_tdata[out_fifo_wr_ptr_reg[OUTPUT_FIFO_ADDR_WIDTH-1:0]] <= m_axis_read_data_tdata_int;
        out_fifo_tkeep[out_fifo_wr_ptr_reg[OUTPUT_FIFO_ADDR_WIDTH-1:0]] <= m_axis_read_data_tkeep_int;
        out_fifo_tlast[out_fifo_wr_ptr_reg[OUTPUT_FIFO_ADDR_WIDTH-1:0]] <= m_axis_read_data_tlast_int;
        out_fifo_tid[out_fifo_wr_ptr_reg[OUTPUT_FIFO_ADDR_WIDTH-1:0]] <= m_axis_read_data_tid_int;
        out_fifo_tdest[out_fifo_wr_ptr_reg[OUTPUT_FIFO_ADDR_WIDTH-1:0]] <= m_axis_read_data_tdest_int;
        out_fifo_tuser[out_fifo_wr_ptr_reg[OUTPUT_FIFO_ADDR_WIDTH-1:0]] <= m_axis_read_data_tuser_int;
        out_fifo_wr_ptr_reg <= out_fifo_wr_ptr_reg + 1;
    end

    if (!out_fifo_empty && (!m_axis_read_data_tvalid_reg || m_axis_read_data_tready)) begin
        m_axis_read_data_tdata_reg <= out_fifo_tdata[out_fifo_rd_ptr_reg[OUTPUT_FIFO_ADDR_WIDTH-1:0]];
        m_axis_read_data_tkeep_reg <= out_fifo_tkeep[out_fifo_rd_ptr_reg[OUTPUT_FIFO_ADDR_WIDTH-1:0]];
        m_axis_read_data_tvalid_reg <= 1'b1;
        m_axis_read_data_tlast_reg <= out_fifo_tlast[out_fifo_rd_ptr_reg[OUTPUT_FIFO_ADDR_WIDTH-1:0]];
        m_axis_read_data_tid_reg <= out_fifo_tid[out_fifo_rd_ptr_reg[OUTPUT_FIFO_ADDR_WIDTH-1:0]];
        m_axis_read_data_tdest_reg <= out_fifo_tdest[out_fifo_rd_ptr_reg[OUTPUT_FIFO_ADDR_WIDTH-1:0]];
        m_axis_read_data_tuser_reg <= out_fifo_tuser[out_fifo_rd_ptr_reg[OUTPUT_FIFO_ADDR_WIDTH-1:0]];
        out_fifo_rd_ptr_reg <= out_fifo_rd_ptr_reg + 1;
    end

    if (rst) begin
        out_fifo_wr_ptr_reg <= 0;
        out_fifo_rd_ptr_reg <= 0;
        m_axis_read_data_tvalid_reg <= 1'b0;
    end
end

endmodule

`default_nettype wire